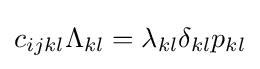
c_{ijkl}\Lambda _{kl}=\lambda _{kl}\delta _{kl}p_{kl}